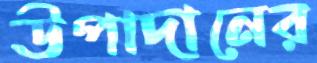
উপাদানের